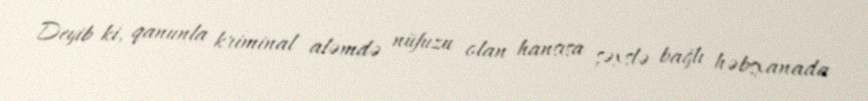
Deyib ki, qanunla kriminal aləmdə nüfuzu olan hansısa şəxslə bağlı həbsxanada